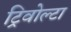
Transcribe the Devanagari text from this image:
ट्रिवोल्‍टा